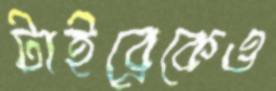
টাইব্রেকেও